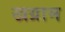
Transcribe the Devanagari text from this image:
खग्राम